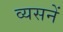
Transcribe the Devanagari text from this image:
व्यसनें